system: You are a helpful assistant.
user:
Analyze the provided spectrum to determine if it is a **White Dwarf (WD)**.

A White Dwarf spectrum is defined by its **extreme purity** (due to gravitational settling) and/or **extreme pressure broadening** (due to high surface gravity). You must check for one of the following mutually exclusive signatures:

- **Key Visual Indicators (Check for ONE of these types):**

    - **1. DA-Type Signature (Most Common):**
        - **(Primary Feature):** Extreme pressure broadening (Stark broadening) of the **Hydrogen (H) Balmer lines**.
        - **(Key Lines):** $H\beta$ (approx. $4861$ Å) and $H\gamma$ (approx. $4340$ Å). $H\alpha$ (approx. $6563$ Å) will also be present if the wavelength range covers it.
        - **(Line Profile):** This is the **defining feature**. The lines are **NOT** sharp. They appear as massive, **extremely broad and deep "troughs" or "dips"** in the spectrum, often hundreds of Ångströms wide. The continuum will appear to "scoop" down at these wavelengths.
        - **(Distinction):** Normal A-type or B-type stars have *narrow* and *sharp* Hydrogen lines. A DA White Dwarf's lines are unmistakably "smeared" or "blurry" from pressure.

    - **2. DB-Type Signature:**
        - **(Primary Feature):** Broad absorption lines from **Neutral Helium (He I)**. The spectrum must lack any visible Hydrogen lines.
        - **(Key Lines):** Look for broad absorption near $4471$ Å, $4921$ Å, and $5876$ Å.
        - **(Line Profile):** These lines are also significantly pressure-broadened, appearing much wider than they would in a normal B-type main-sequence star.

    - **3. DC-Type Signature:**
        - **(Primary Feature):** A **featureless continuous spectrum**.
        - **(Line Profile):** The spectrum is a smooth curve with **no significant absorption or emission lines**.
        - **(Key Confirmation):** The continuum is almost always **blue or white**, indicating a hot object. This signature implies the atmosphere is so pure (or so cool) that no spectral lines are visible in the optical range. Its WD identity is confirmed by its extremely low intrinsic brightness (high absolute magnitude).

    - **4. DZ-Type Signature (Metal-Polluted):**
        - **(Primary Feature):** **Isolated, narrow metal absorption lines** on an otherwise featureless (DC-like) continuum.
        - **(Key Lines):** The **Calcium (Ca II) H & K doublet** (approx. **$3934$ Å** and **$3968$ Å**) is the most common and defining feature.
        - **(Line Profile):** These lines are "out of place." They are *not* part of a "forest" of thousands of lines. This signature is evidence of recent *accretion* (pollution) from rocky debris.
        - **(Distinction):** Normal G/K/M stars have a *dense forest* of thousands of metal lines. A DZ has a *clean* continuum with *only a few* strong metal lines.

    - **5. DQ-Type Signature (Carbon-Polluted):**
        - **(Primary Feature):** Absorption bands from **Carbon (C₂ "Swan Bands" or atomic C I)**.
        - **(Key Lines - C₂):** Look for bandheads with a "saw-tooth" shape near $5635$ Å, **$5165$ Å** (strongest), and $4737$ Å.
        - **(Key Confirmation):** The underlying **continuum must be blue or white** (hot).
        - **(Distinction):** This is the critical difference from a **Carbon Star**, which has the *exact same* C₂ bands but on an extremely **red, cool** continuum.

- **(Overall Spectrum):**
    - The continuum (overall shape) is typically **blue-sloping** (brighter in the blue than the red), as most white dwarfs are very hot.
    - The spectrum will look "pure" or "simple," dominated by only *one* of the five signatures listed above.

Think first, call **spectral_visualization_tool** if needed to examine features in detail, then provide your final answer. Your response must adhere to the following strict rules:
1.  **Overall Structure:** Your response must follow the format `<think>...</think> <tool_call>...</tool_call> (if a tool is used) <answer>...</answer>`.
2.  **Tool Usage Constraint:** You may only make **one** tool call per turn.
3.  **Final Answer Format:** In the `<answer>` tag, your conclusion must be inside a `\boxed{}` command (e.g., `\boxed{YES}` or `\boxed{NO}`), followed by your justification.

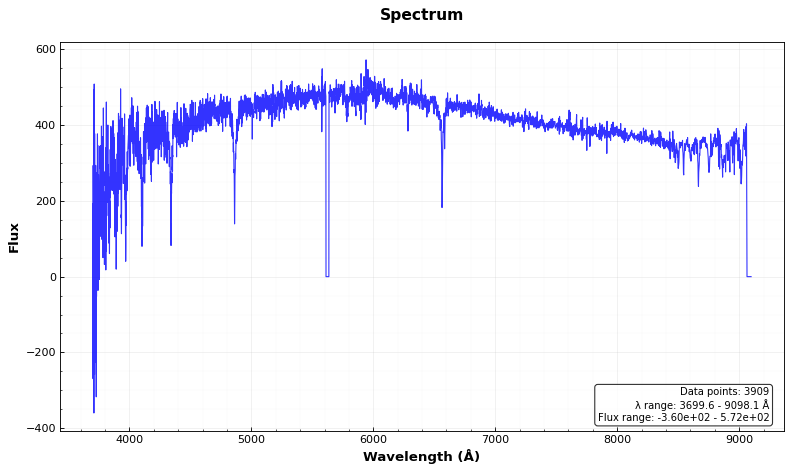
Answer: NO